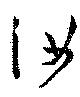
汝